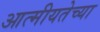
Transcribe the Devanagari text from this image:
आत्मीयतेच्या